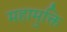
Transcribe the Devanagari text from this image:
महामुक्ति